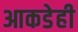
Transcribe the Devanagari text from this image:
आकडेही